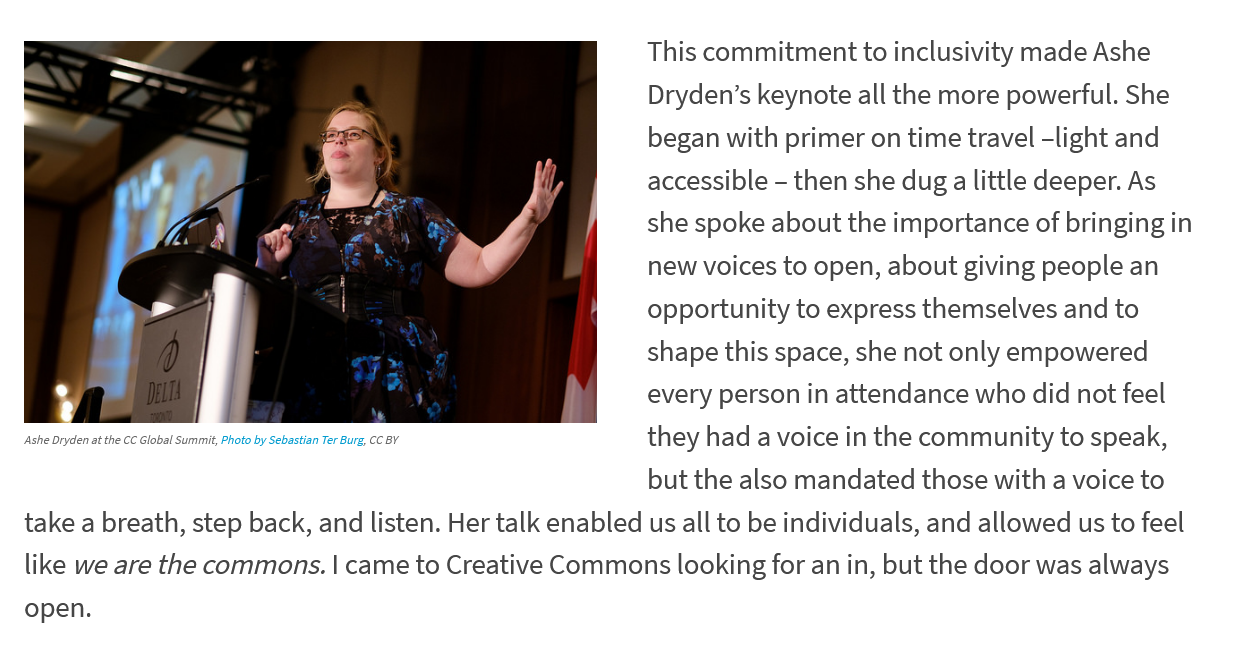
Ashe Dryden at the CC Global Summit, Photo by Sebastian Ter Burg, CC BY
     This commitment to inclusivity made Ashe
     Dryden’s keynote all the more powerful. She
     began with primer on time travel -light and
     accessible
     -
     then she dug
     a
     little deeper. As
     she spoke about the importance of bringing in
     new voices to open, about giving people an
     opportunity to express themselves and to
     shape this space, she not only empowered
     every person in attendance who did not feel
     they had a voice in the community to speak,
     but the also mandated those with a voice to
  take a breath, step back, and listen. Her talk enabled us all to be individuals, and allowed us to feel
  like we are the commons. | came to Creative Commons looking for an in, but the door was always
  open.